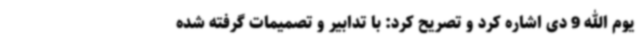
یوم الله 9 دی اشاره کرد و تصریح کرد: با تدابیر و تصمیمات گرفته شده